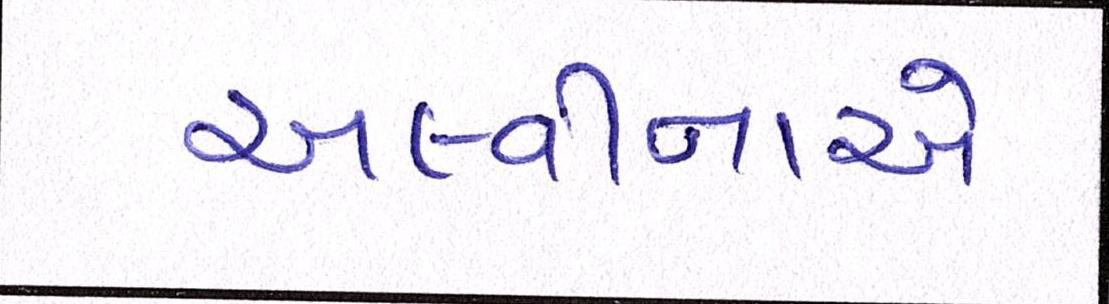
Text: અલ્વીનાએ